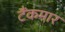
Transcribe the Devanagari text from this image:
टैंकमार